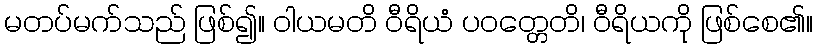
မတပ်မက်သည် ဖြစ်၍။ ဝါယမတိ ဝီရိယံ ပဝတ္တေတိ၊ ဝီရိယကို ဖြစ်စေ၏။